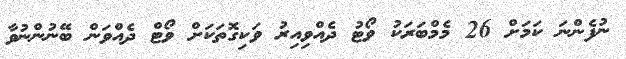
ނުފެންނަ ކަމަށް 26 މެމްބަރަކު ވޯޓު ދެއްވިއިރު ވަކިގޮތަކަށް ވޯޓް ދެއްވަން ބޭނުންނުވާ